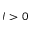
I > 0